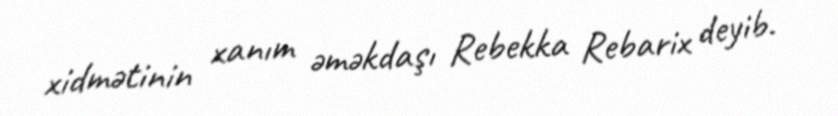
xidmətinin xanım əməkdaşı Rebekka Rebarix deyib.